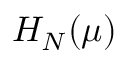
H _ { N } ( \mu )